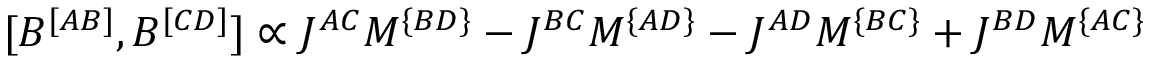
[ { \cal B } ^ { [ A B ] } , { \cal B } ^ { [ C D ] } ] \propto J ^ { A C } M ^ { \{ B D \} } - J ^ { B C } M ^ { \{ A D \} } - J ^ { A D } M ^ { \{ B C \} } + J ^ { B D } M ^ { \{ A C \} }